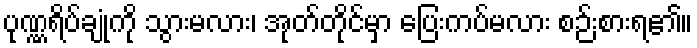
ပုဏ္ဏရိပ်ချုံကို သွားမလား၊ အုတ်တိုင်မှာ ပြေးကပ်မလား စဉ်းစားရ၏။